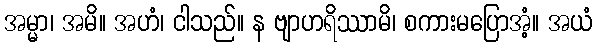
အမ္မာ၊ အမိ။ အဟံ၊ ငါသည်။ န ဗျာဟရိဿာမိ၊ စကားမပြောအံ့။ အယံ